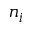
n _ { i }